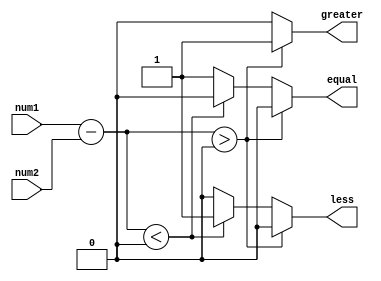
module fixed_point_comparator (
    input signed [15:0] num1,
    input signed [15:0] num2,
    output reg greater,
    output reg less,
    output reg equal
);

reg signed [15:0] diff;

always @(*) begin
    diff = num1 - num2;
    
    if (diff > 0) begin
        greater = 1;
        less = 0;
        equal = 0;
    end
    else if (diff < 0) begin
        greater = 0;
        less = 1;
        equal = 0;
    end
    else begin
        greater = 0;
        less = 0;
        equal = 1;
    end
end

endmodule